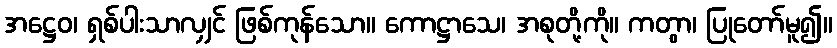
အဋ္ဌေဝ၊ ရှစ်ပါးသာလျှင် ဖြစ်ကုန်သော။ ကောဋ္ဌာသေ၊ အစုတို့ကို။ ကတွာ၊ ပြုတော်မူ၍။